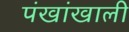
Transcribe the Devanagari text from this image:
पंखांखाली